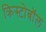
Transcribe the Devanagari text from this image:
क्रिस्टोबॉल